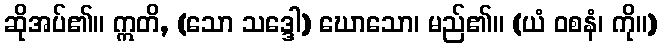
ဆိုအပ်၏။ ဣတိ, (သော သဒ္ဒေါ) ဃောသော၊ မည်၏။ (ယံ ဝစနံ၊ ကို။)